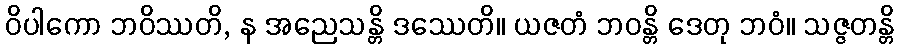
ဝိပါကော ဘဝိဿတိ, န အညေသန္တိ ဒဿေတိ။ ယဇတံ ဘဝန္တိ ဒေတု ဘဝံ။ သဇ္ဇတန္တိ